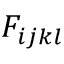
F _ { i j k l }